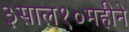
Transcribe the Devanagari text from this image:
३साल१०महीने